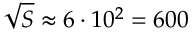
{ \sqrt { S } } \approx 6 \cdot 1 0 ^ { 2 } = 6 0 0